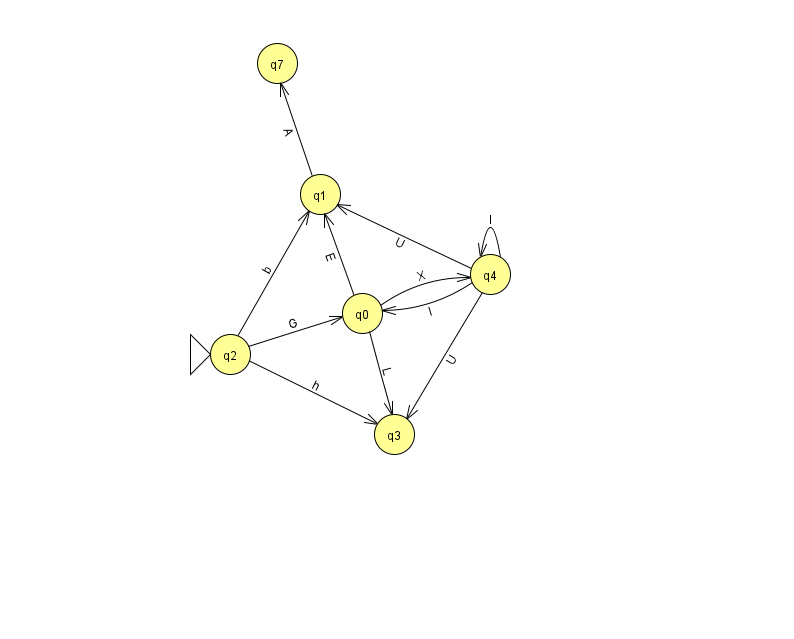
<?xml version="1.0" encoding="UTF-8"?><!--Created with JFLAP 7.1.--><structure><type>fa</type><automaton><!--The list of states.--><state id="0" name="q0"><x>362.0</x><y>300.0</y></state><state id="1" name="q1"><x>320.0</x><y>181.0</y></state><state id="2" name="q2"><x>230.0</x><y>341.0</y><initial/></state><state id="3" name="q3"><x>394.0</x><y>421.0</y></state><state id="4" name="q4"><x>490.0</x><y>261.0</y></state><state id="7" name="q7"><x>277.0</x><y>50.0</y></state><!--The list of transitions.--><transition><from>4</from><to>0</to><read>l</read></transition><transition><from>4</from><to>1</to><read>U</read></transition><transition><from>2</from><to>0</to><read>G</read></transition><transition><from>0</from><to>4</to><read>X</read></transition><transition><from>1</from><to>7</to><read>A</read></transition><transition><from>4</from><to>3</to><read>U</read></transition><transition><from>4</from><to>4</to><read>I</read></transition><transition><from>0</from><to>1</to><read>E</read></transition><transition><from>0</from><to>3</to><read>L</read></transition><transition><from>2</from><to>1</to><read>b</read></transition><transition><from>2</from><to>3</to><read>h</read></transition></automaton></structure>